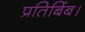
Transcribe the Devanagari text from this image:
प्रतिबिंब।